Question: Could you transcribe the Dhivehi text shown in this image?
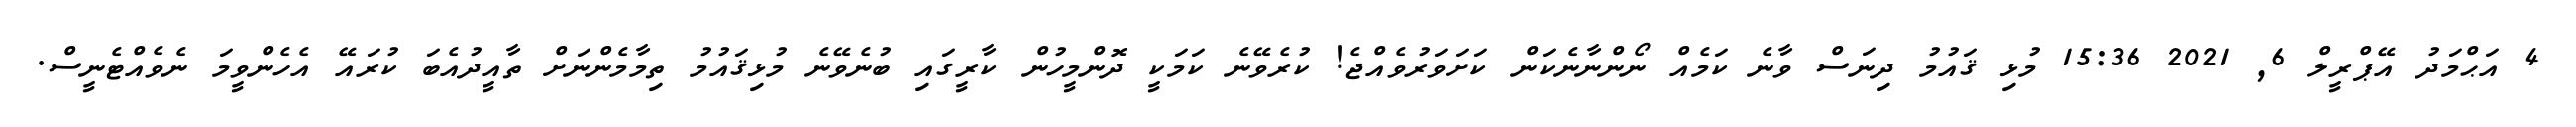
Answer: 4 އަޙްމަދު އޭޕްރީލް 6, 2021 15:36 މުޅި ޤައުމު ދިނަސް ވާނެ ކަމެއް ނޯންނާނެކަން ކަށަވަރުވެއްޖެ! ކުރެވޭނެ ކަމަކީ ދޮންމީހުން ކާރީގައި ބުނެވޭނެ މުޅިޤައުމު ތިމާމެންނަށް ތާއީދުއެބަ ކުރައޭ އެހެންވީމަ ނެވެއްޓެނީސް.